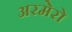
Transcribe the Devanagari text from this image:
अरमेरो